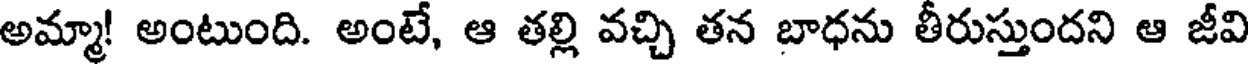
అమ్మా! అంటుంది. అంటే, ఆ తల్లి వచ్చి తన బాధను తీరుస్తుందని ఆ జీవి